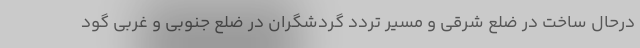
درحال ساخت در ضلع شرقی و مسیر تردد گردشگران در ضلع جنوبی و غربی گود